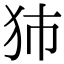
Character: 犻